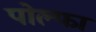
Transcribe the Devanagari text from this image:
पोल्फा